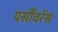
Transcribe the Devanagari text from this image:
पर्सीवरेंस